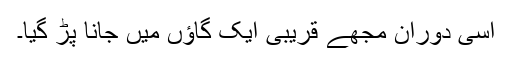
اسی دوران مجھے قریبی ایک گاؤں میں جانا پڑ گیا۔